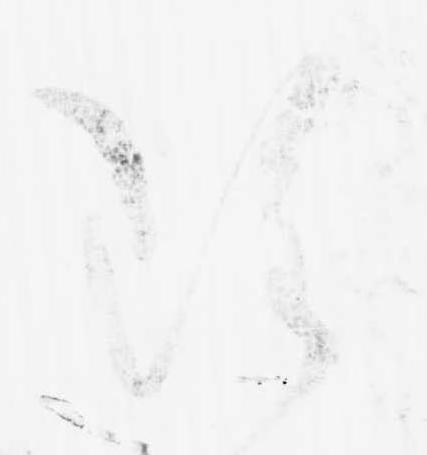
雖